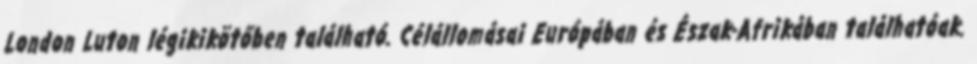
London Luton légikikötőben található. Célállomásai Európában és Észak-Afrikában találhatóak.